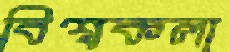
বিশ্বকলা